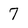
Character: 7